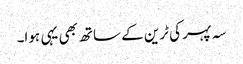
سہ پہر کی ٹرین کے ساتھ بھی یہی ہوا۔